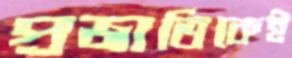
প্রজাতিকেই